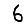
Digit: 6